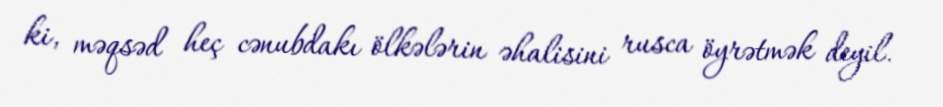
ki, məqsəd heç cənubdakı ölkələrin əhalisini rusca öyrətmək deyil.